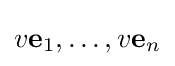
v\mathbf {e} _{1},\ldots ,v\mathbf {e} _{n}